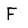
Character: F